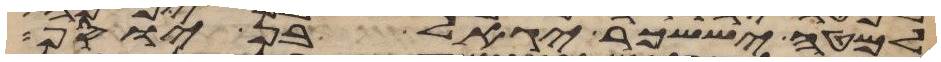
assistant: למטה יששכר יגאל בן יוסף